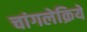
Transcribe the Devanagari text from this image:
चांगलेक्रिये